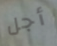
أجل